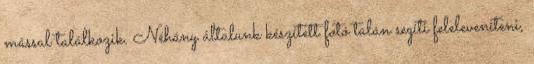
mással találkozik. Néhány általunk készített fotó talán segíti feleleveníteni,